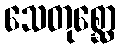
သေတုစ္ဆော